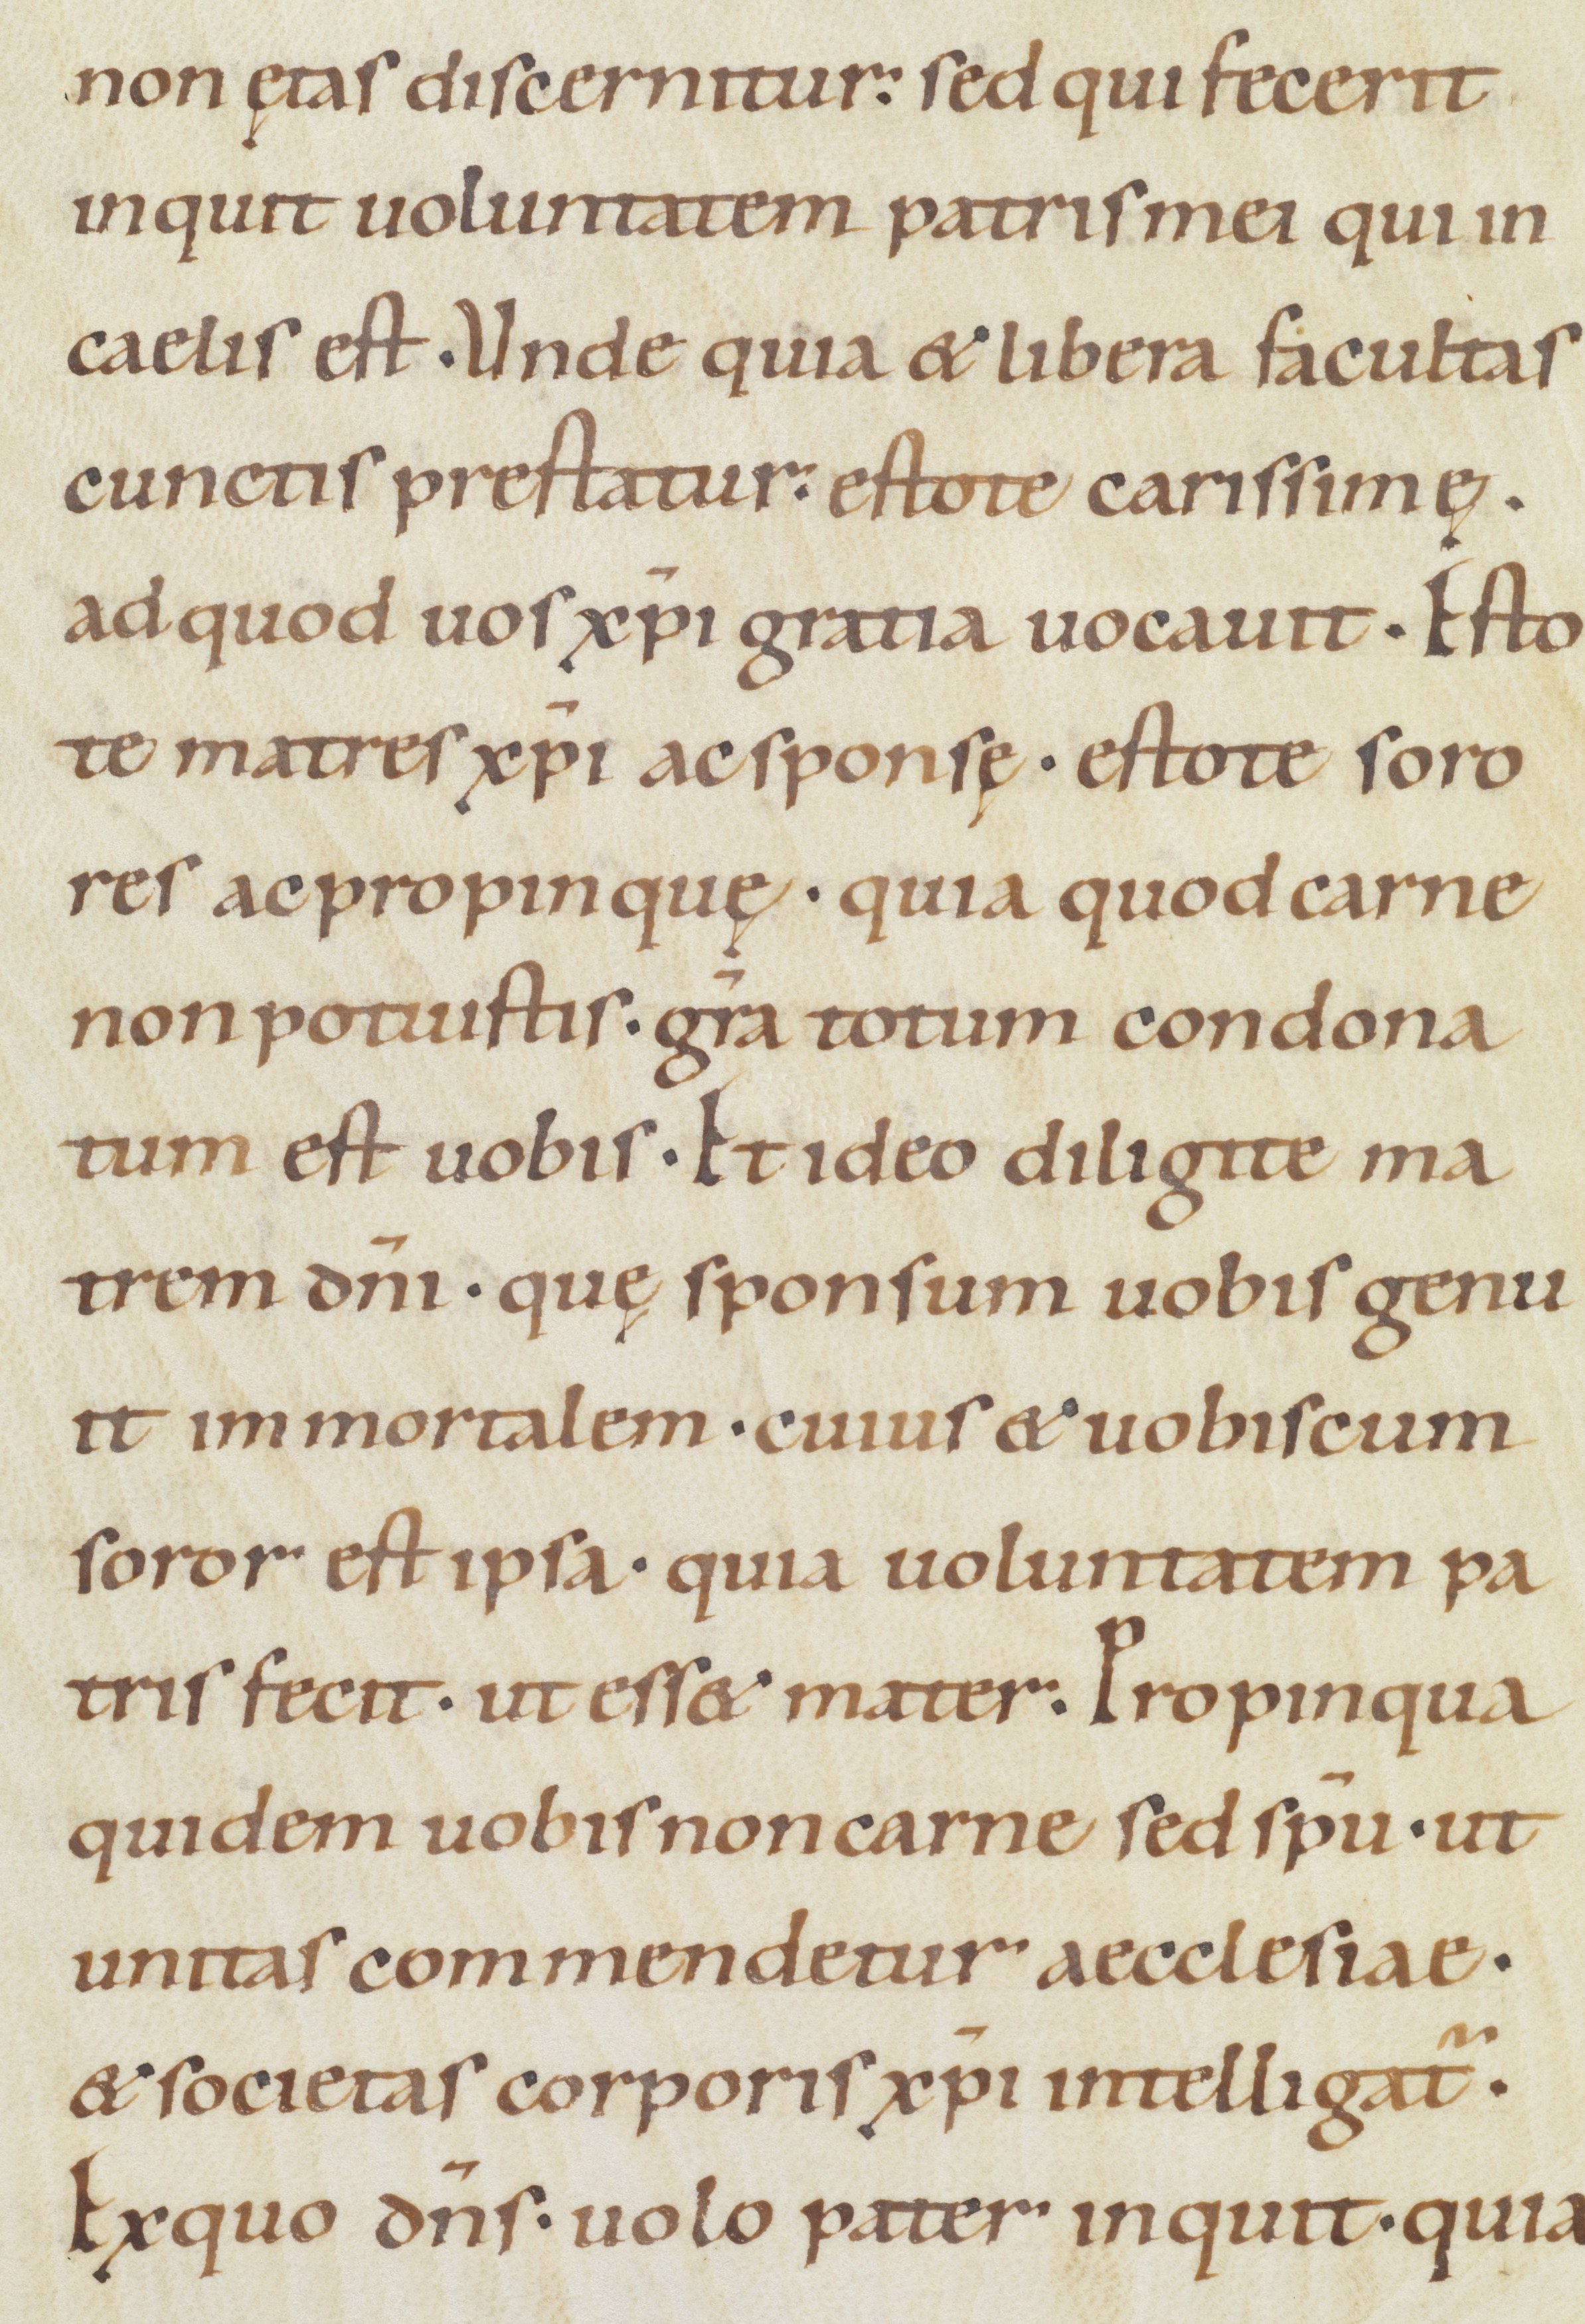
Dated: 1100–1199